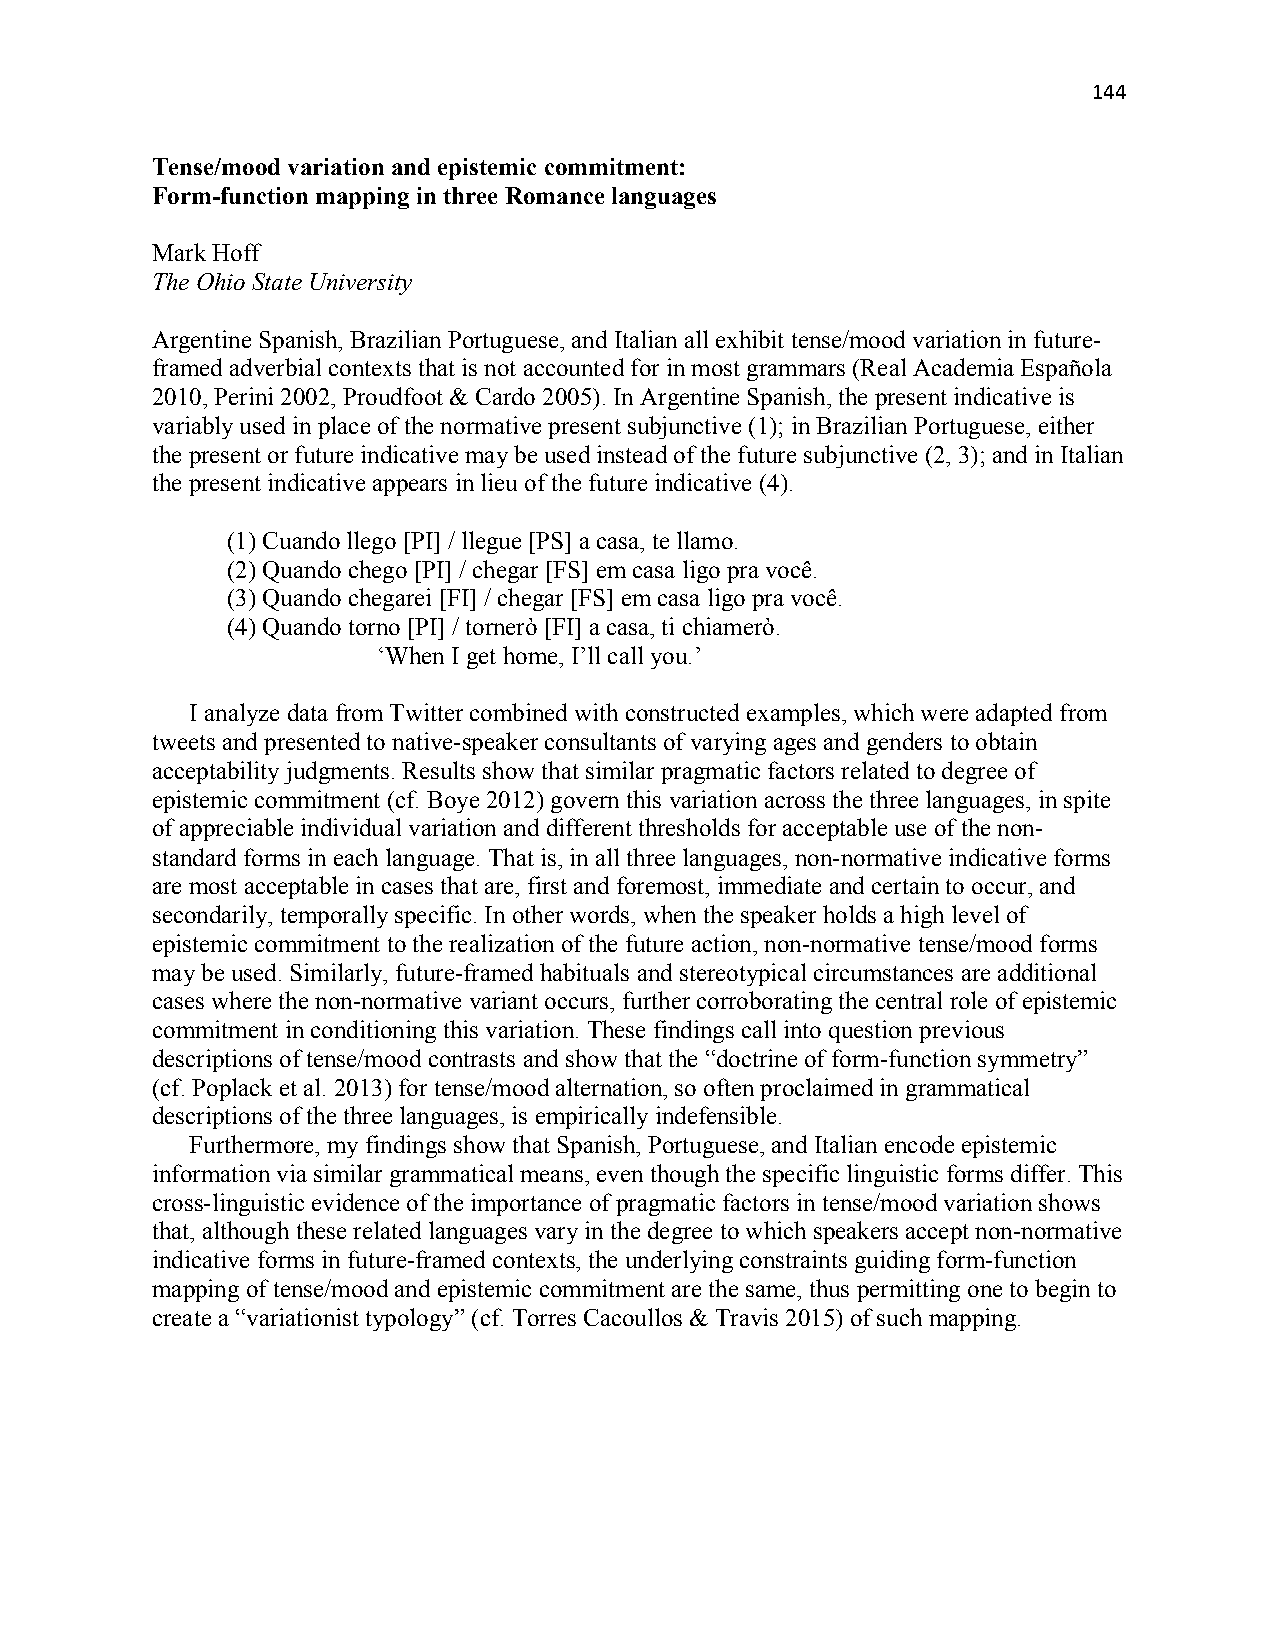
144
 Tense/mood variation and epistemic commitment:
 Form-function mapping in three Romance languages
 Mark Hoff
 The Ohio State University
 Argentine Spanish, Brazilian Portuguese, and Italian all exhibit tense/mood variation in future-
 framed adverbial contexts that is not accounted for in most grammars (Real Academia Española
 2010, Perini 2002, Proudfoot & Cardo 2005). In Argentine Spanish, the present indicative is
 variably used in place of the normative present subjunctive (1); in Brazilian Portuguese, either
 the present or future indicative may be used instead of the future subjunctive (2, 3); and in Italian
 the present indicative appears in lieu of the future indicative (4).
 (1) Cuando llego [PI] / llegue [PS] a casa, te llamo.
 (2) Quando chego [PI] / chegar [FS] em casa ligo pra você.
 (3) Quando chegarei [FI] / chegar [FS] em casa ligo pra você.
 (4) Quando torno [PI] / tornerò [FI] a casa, ti chiamerò.
 ‘When I get home, I’ll call you.’
 I analyze data from Twitter combined with constructed examples, which were adapted from
 tweets and presented to native-speaker consultants of varying ages and genders to obtain
 acceptability judgments. Results show that similar pragmatic factors related to degree of
 epistemic commitment (cf. Boye 2012) govern this variation across the three languages, in spite
 of appreciable individual variation and different thresholds for acceptable use of the non-
 standard forms in each language. That is, in all three languages, non-normative indicative forms
 are most acceptable in cases that are, first and foremost, immediate and certain to occur, and
 secondarily, temporally specific. In other words, when the speaker holds a high level of
 epistemic commitment to the realization of the future action, non-normative tense/mood forms
 may be used. Similarly, future-framed habituals and stereotypical circumstances are additional
 cases where the non-normative variant occurs, further corroborating the central role of epistemic
 commitment in conditioning this variation. These findings call into question previous
 descriptions of tense/mood contrasts and show that the “doctrine of form-function symmetry”
 (cf. Poplack et al. 2013) for tense/mood alternation, so often proclaimed in grammatical
 descriptions of the three languages, is empirically indefensible.
 Furthermore, my findings show that Spanish, Portuguese, and Italian encode epistemic
 information via similar grammatical means, even though the specific linguistic forms differ. This
 cross-linguistic evidence of the importance of pragmatic factors in tense/mood variation shows
 that, although these related languages vary in the degree to which speakers accept non-normative
 indicative forms in future-framed contexts, the underlying constraints guiding form-function
 mapping of tense/mood and epistemic commitment are the same, thus permitting one to begin to
 create a “variationist typology” (cf. Torres Cacoullos & Travis 2015) of such mapping.